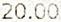
20.00